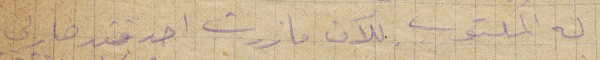
له المكتوب للآن ما زرت احد فقد صارلي